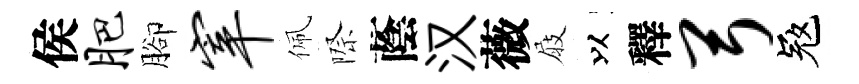
侯肥腳宰佩際蔭汉薇屐以釋弓冦